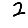
Digit: 2